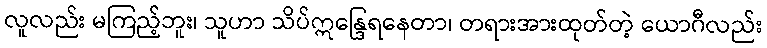
လူလည်း မကြည့်ဘူး၊ သူဟာ သိပ်ဣန္ဒြေရနေတာ၊ တရားအားထုတ်တဲ့ ယောဂီလည်း